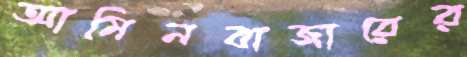
আমিনবাজারের